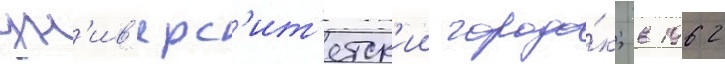
ун'ив'ерс'ит'етск'ии городо́к; в 1962